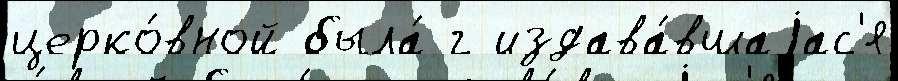
церко́вной была́ г издава́вшаjас'я